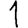
Digit: 1